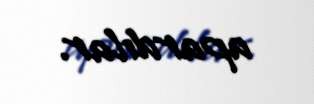
apardılar.